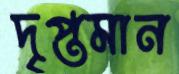
দৃপ্তমান